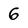
Character: G